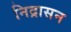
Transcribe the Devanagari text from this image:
निद्रासन